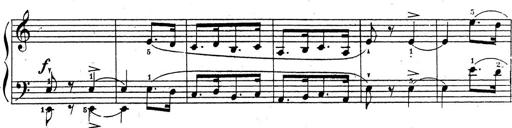
Title: 10 Sonatinas
Composer: Fritz Spindler